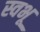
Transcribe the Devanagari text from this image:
स्वभू